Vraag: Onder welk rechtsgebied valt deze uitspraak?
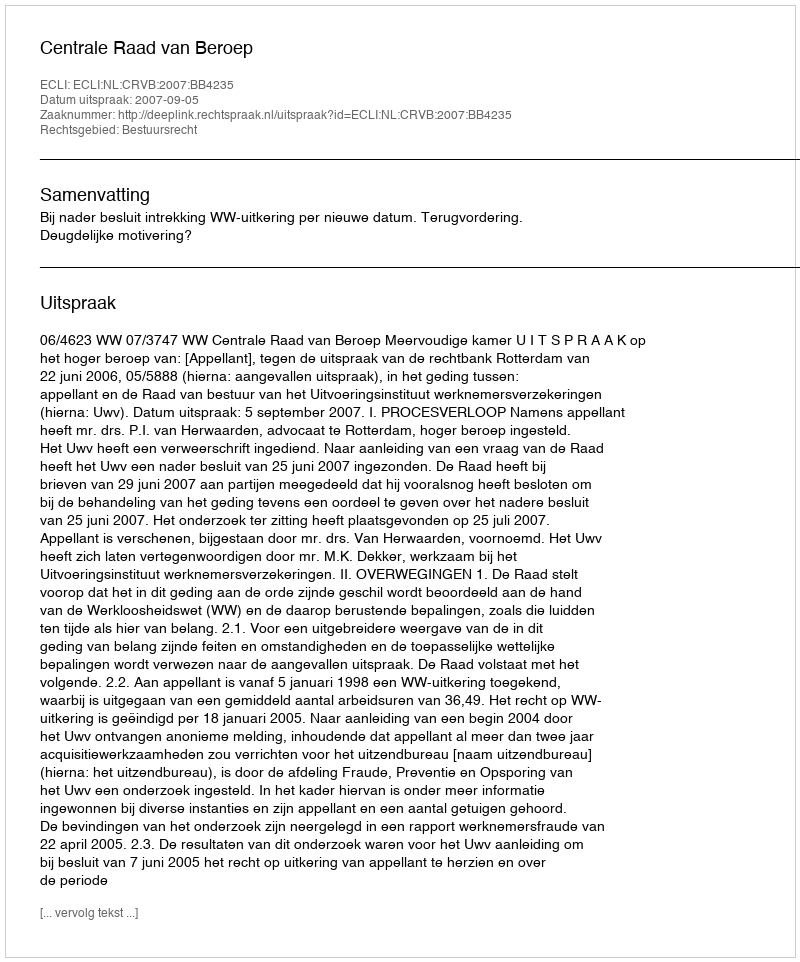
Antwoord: Bestuursrecht